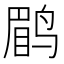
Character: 鹛